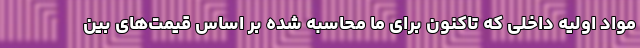
مواد اولیه داخلی که تاکنون برای ما محاسبه شده بر اساس قیمت‌های بین